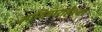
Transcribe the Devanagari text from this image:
आदिवाराहेश्वर